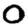
Digit: 0